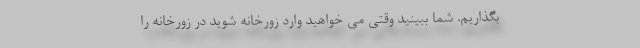
بگذاریم. شما ببینید وقتی می خواهید وارد زورخانه شوید در زورخانه را